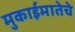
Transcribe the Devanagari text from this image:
मुकाईमातेचे